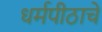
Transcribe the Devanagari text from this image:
धर्मपीठाचे